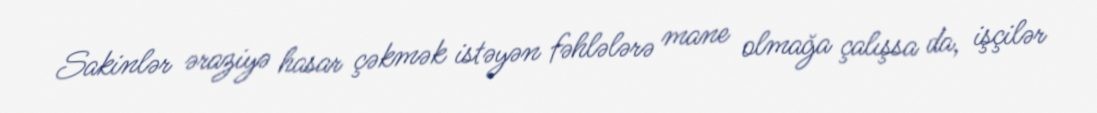
Sakinlər əraziyə hasar çəkmək istəyən fəhlələrə mane olmağa çalışsa da, işçilər